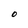
Character: O